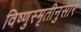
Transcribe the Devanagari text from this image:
विष्णुस्मृतीनुसार